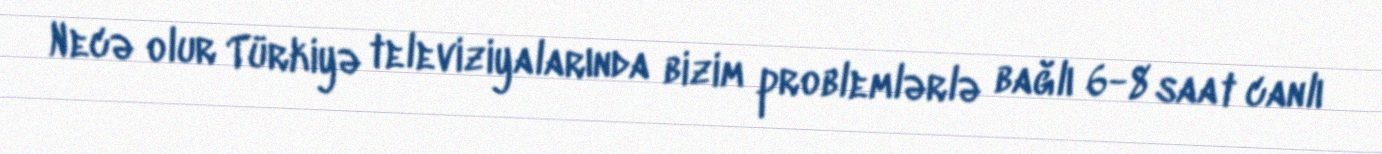
Necə olur Türkiyə televiziyalarında bizim problemlərlə bağlı 6-8 saat canlı